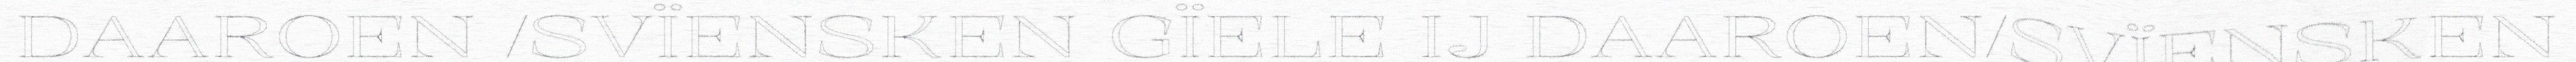
DAAROEN /SVÏENSKEN GÏELE IJ DAAROEN/SVÏENSKEN